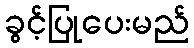
ခွင့်ပြုပေးမည်